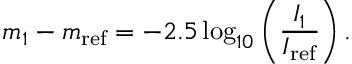
m _ { 1 } - m _ { \mathrm { { r e f } } } = - 2 . 5 \log _ { 1 0 } \left( { \frac { I _ { 1 } } { I _ { \mathrm { { r e f } } } } } \right) .